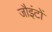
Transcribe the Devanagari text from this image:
जौइंटों